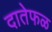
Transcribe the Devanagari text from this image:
दातेफळ